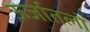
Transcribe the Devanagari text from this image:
ऊर्जातलों